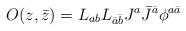
LaTeX: \begin{align*}O(z,\bar z)=L_{ab}L_{\bar a\bar b}J^a\bar J^{\bar a}\phi^{a\bar a}\end{align*}